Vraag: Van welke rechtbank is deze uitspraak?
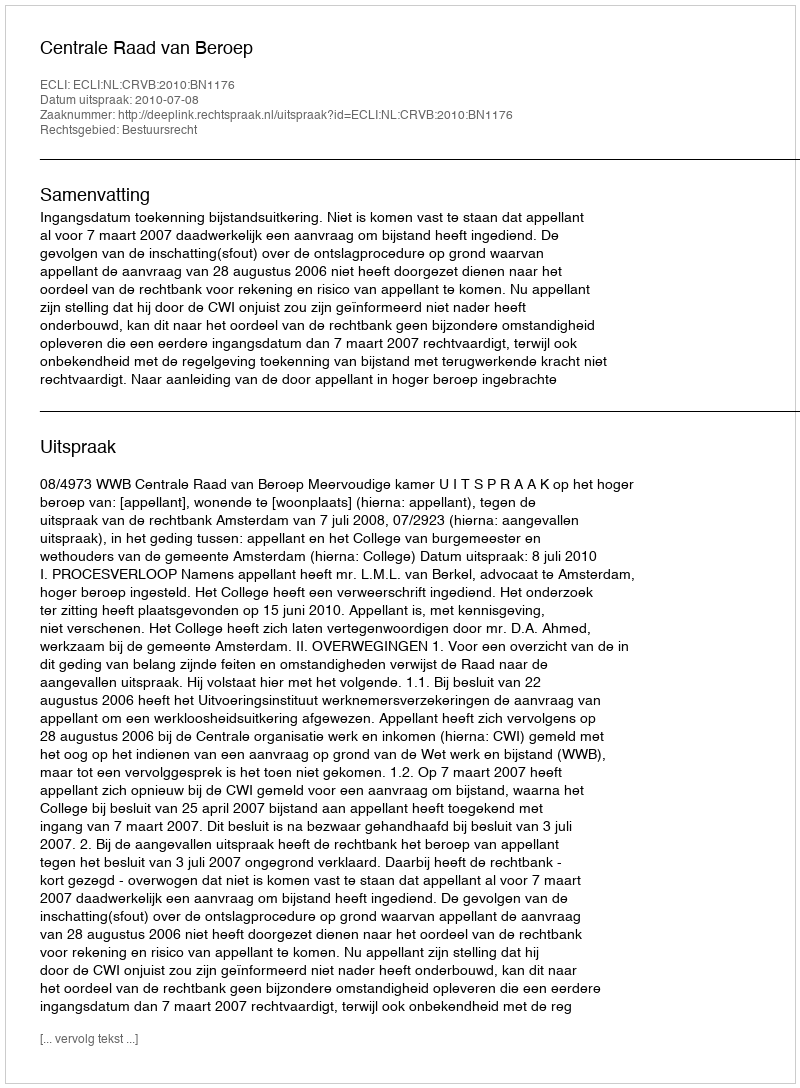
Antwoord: Centrale Raad van Beroep